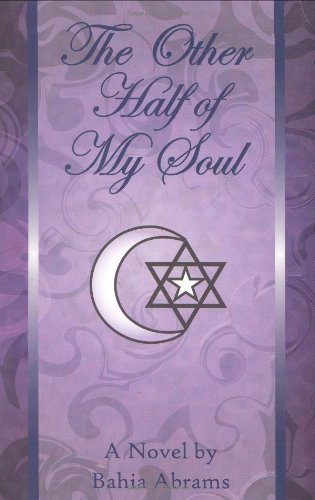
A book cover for The Other Half of My Soul; Bahia Abrams; Literature & Fiction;